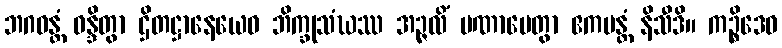
ဘဂဝန္တံ ဝန္ဒိတွာ ဌိတဋ္ဌာနေယေဝ ဘိက္ခုသံဃဿ အဉ္ဇလိံ ပဏာမေတွာ ဧကမန္တံ နိသီဒိ။ ကဉ္စိဒေဝ